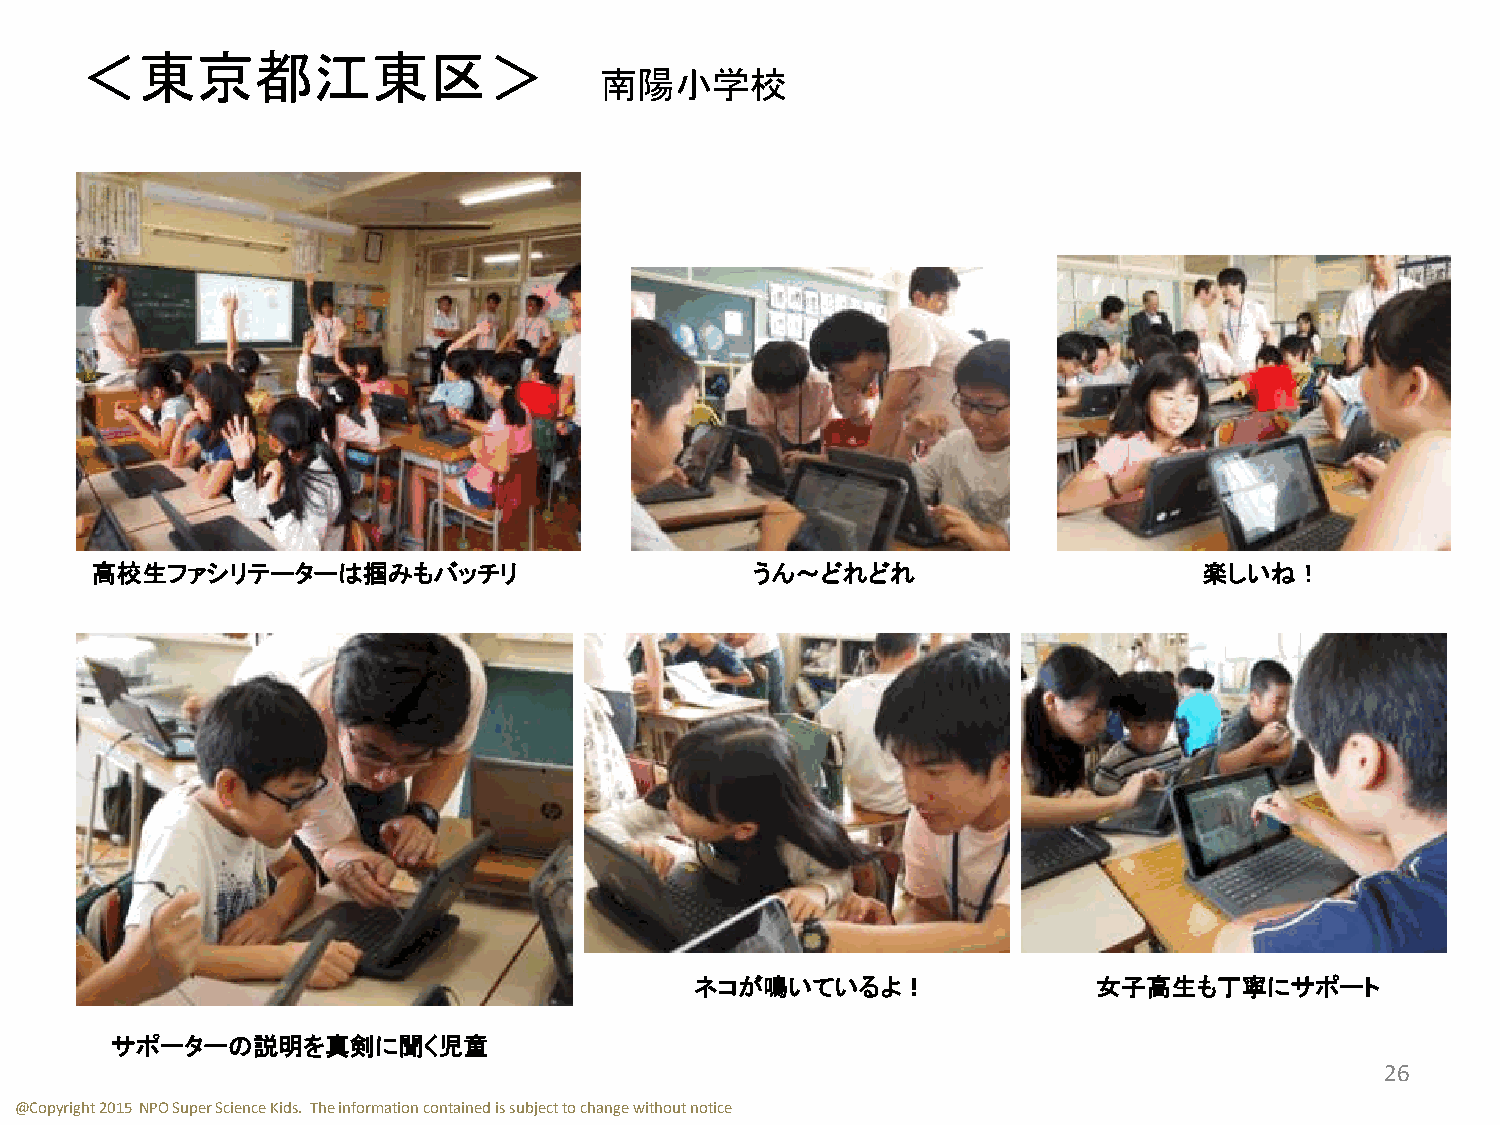
＜東京都江東区＞
 南陽小学校
 高校生ファシリテーターは掴みもバッチリ                         うん～どれどれ                       楽しいね！
 ネコが鳴いているよ！                 女子高生も丁寧にサポート
 サポーターの説明を真剣に聞く児童
 26
 @Copyright 2015 NPO Super Science Kids. The information contained is subject to change without notice